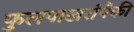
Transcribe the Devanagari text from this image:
फुलपाखरांपैकी